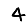
Digit: 4